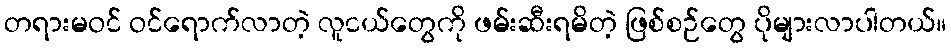
တရားမဝင် ဝင်ရောက်လာတဲ့ လူငယ်တွေကို ဖမ်းဆီးရမိတဲ့ ဖြစ်စဉ်တွေ ပိုများလာပါတယ်။